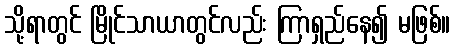
သို့ရာတွင် မြိုင်သာယာတွင်လည်း ကြာရှည်နေ၍ မဖြစ်။